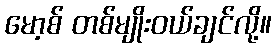
မော့စ် တစ်မျိုးဝယ်ချင်လို့။